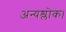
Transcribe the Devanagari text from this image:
अन्यश्लोक।